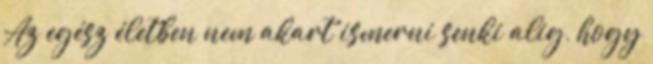
Az egész életben nem akart ismerni senki alig, hogy